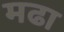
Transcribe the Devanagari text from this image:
मढा